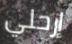
إرحلي